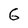
Character: G